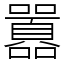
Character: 囂